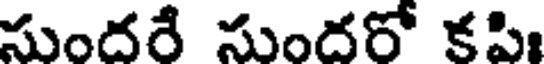
సుందరే సుందరో కపి